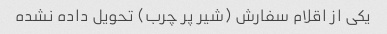
یکی از اقلام سفارش (شیر پر چرب) تحویل داده نشده